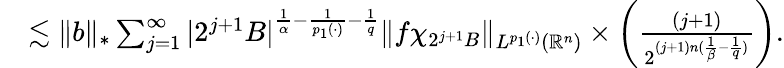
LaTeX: \begin{array}{rl}&{\lesssim\| b\| _{*}\sum_{j=1}^{\infty}|2^{j+1}B|^{\frac{1}{\alpha}-\frac{1}{p_{1}(\cdot)}-\frac{1}{q}}\| f\chi_{2^{j+1}B}\| _{L^{p_{1}(\cdot)}(\mathbb{R}^{n})}\times\bigg(\frac{(j+1)}{2^{(j+1)n(\frac{1}{\beta}-\frac{1}{q})}}\bigg).}\end{array}